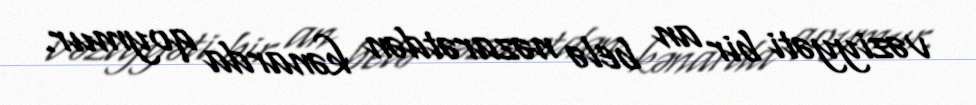
vəziyyəti bir an belə nəzarətdən kənarda qoymur.